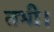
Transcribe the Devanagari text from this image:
तभी।